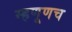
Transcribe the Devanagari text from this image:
म्हणूणच